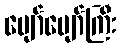
ပျော်ပျော်ကြီး